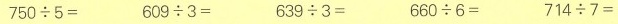
$$7 5 0 \div 5 =$$ $$6 0 9 \div 3 =$$ $$6 3 9 \div 3 =$$ $$6 6 0 \div 6 =$$ $$7 1 4 \div 7 =$$